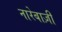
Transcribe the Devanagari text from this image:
नारेबाज़ी